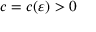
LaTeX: c = c ( \varepsilon ) > 0